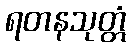
ရတနသုတ္တံ